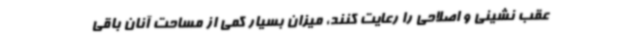
عقب نشینی و اصلاحی را رعایت کنند، میزان بسیار کمی از مساحت آنان باقی